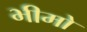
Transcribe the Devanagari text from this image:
भीमो